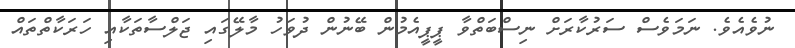
ނުވެއެވެ. ނަމަވެސް ސަރުކާރަށް ނިސްބަތްވާ ޕީޕީއެމުން ބޭނުން ދުވަހު މާލޭގައި ޖަލްސާތަކާއި ހަރަކާތްތައް